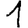
Digit: 1